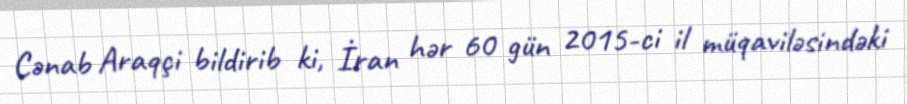
Cənab Araqçi bildirib ki, İran hər 60 gün 2015-ci il müqaviləsindəki